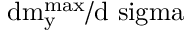
\mathrm { { d } m _ { y } ^ { m a x } / \mathrm { { d } \ s i g m a } }